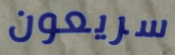
سريعون